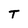
Character: T